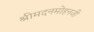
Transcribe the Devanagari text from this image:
श्रीमदनमोहनजी